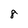
Character: 8